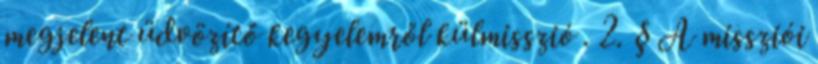
megjelent üdvözítő kegyelemről külmisszió . 2. § A missziói